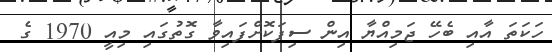
ހަކަތަ އާއި ބެހޭ ޖަމިއްޔާ އިން ސިފަކޮށްފައިވާ ގޮތުގައި މިއީ 1970 ގެ